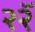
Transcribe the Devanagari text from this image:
२२ॅ